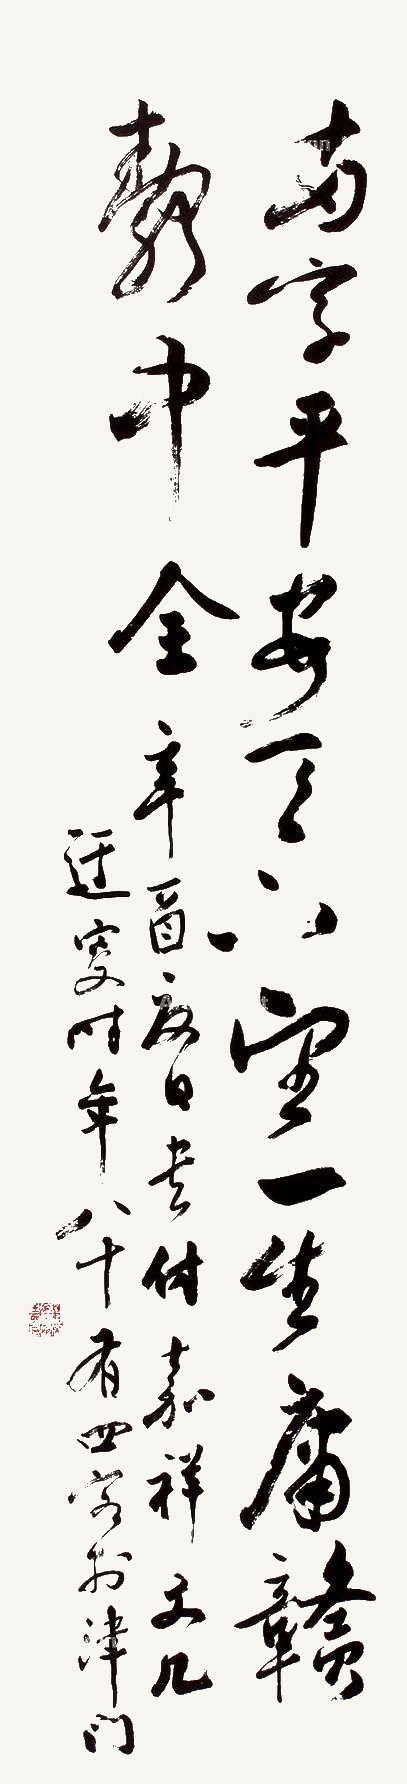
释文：两字平安天下望，一生庸赣静中全。辛酉夏日书付嘉祥文几，迂叟时年八十有四客于津门。